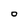
Character: 0